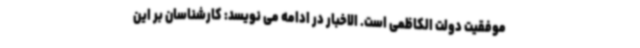
موفقیت دولت الکاظمی است. الاخبار در ادامه می نویسد: کارشناسان بر این